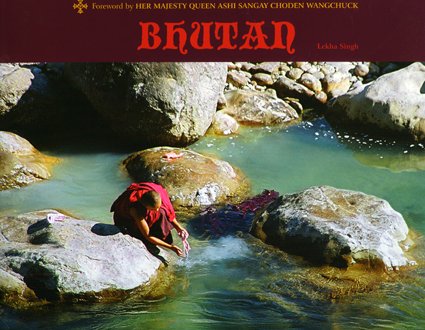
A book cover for Bhutan; Lekha Singh; Travel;